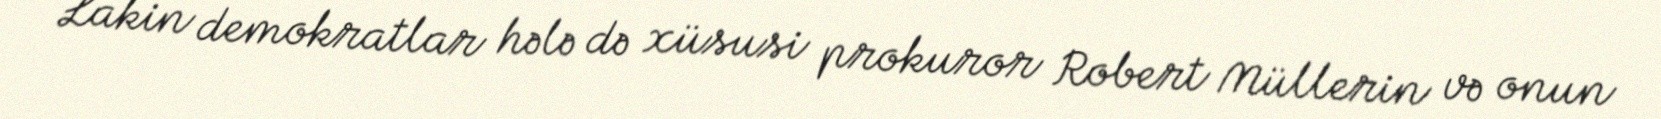
Lakin demokratlar hələ də xüsusi prokuror Robert Müllerin və onun